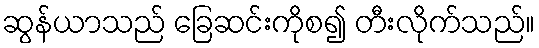
ဆွန်ယာသည် ခြေဆင်းကိုစ၍ တီးလိုက်သည်။